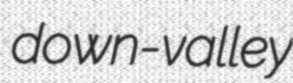
down-valley